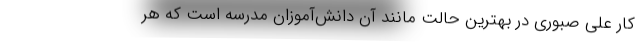
کار علی صبوری در بهترین حالت مانند آن دانش‌آموزان مدرسه است که هر